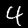
Digit: 4